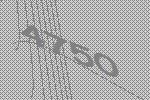
4750